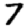
Digit: 7